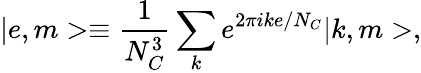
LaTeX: |e,m>\equiv\frac{1}{N_{C}^{3}}\sum_{k}e^{2\pi ike/N_{C}}|k,m>,